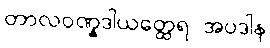
တာလဝဏ္နဒါယတ္ထေရ အပဒါန